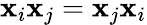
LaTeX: \mathbf{x}_{i}\mathbf{x}_{j}=\mathbf{x}_{j}\mathbf{x}_{i}